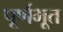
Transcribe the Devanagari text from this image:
पूर्णभूत